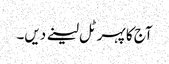
آج کا پہر ٹل لینے دیں۔